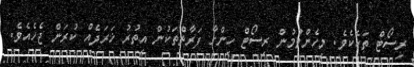
ރިސޯޓް ތަކެކެވެ. މިހެންވުމުން ރިސޯޓް ހިންގާ ފަރާތްތަކުން އިތުރު ޚަރަދެއް ކުރަން ޖެހެއެވެ.